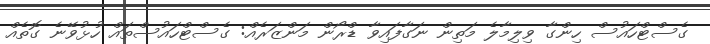
ގެސްޓްހައުސް ހިންގާ ވިލިމާލެ މަތިން ނަގާފައިވާ ޑްރޯން މަންޒަރެއް: ގެސްޓްހައުސްތައް ހުޅުވޭނެ ގޮތެއް